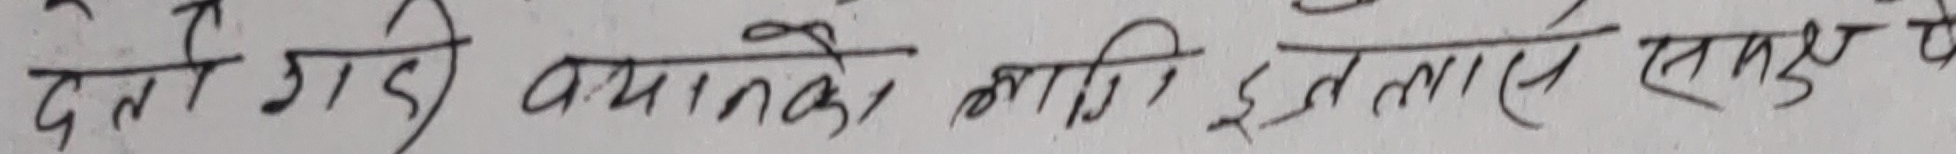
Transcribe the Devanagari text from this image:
देतो गाडी व्यापक काजि इन्तासे समुह प